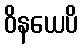
ဝိနယေပိ